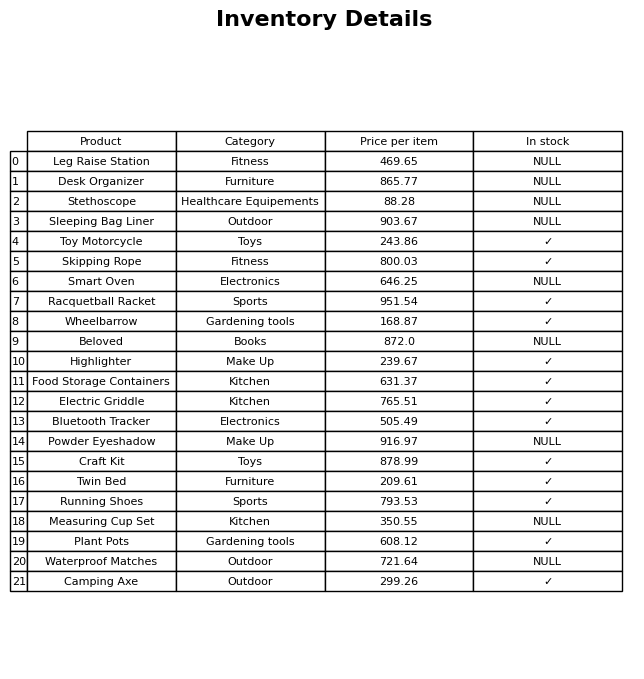
question: What is the price of the Leg Raise Station?
answer: The price of Leg Raise Station is 469.65.